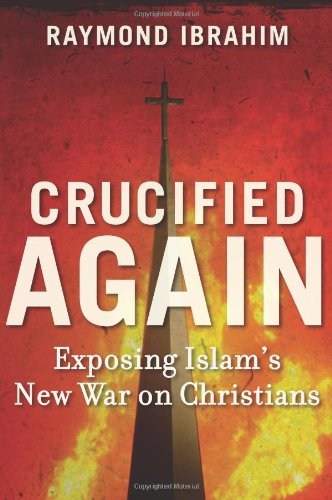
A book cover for Crucified Again: Exposing IslamEEs New War on Christians; Raymond Ibrahim; Religion & Spirituality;